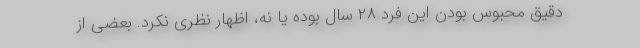
دقیق محبوس بودن این فرد ۲۸ سال بوده یا نه، اظهار نظری نکرد. بعضی از